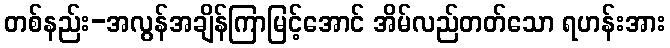
တစ်နည်း-အလွန်အချိန်ကြာမြင့်အောင် အိမ်လည်တတ်သော ရဟန်းအား